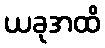
ယခုအထိ